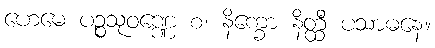
ဟေမေ ပဉ္စသုဝဏ္ဏေ စ၊ နိက္ခော နိတ္ထီ ပသာဓနေ။